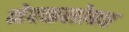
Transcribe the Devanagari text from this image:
नेरळसोबत